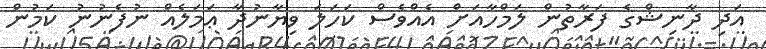
އަދި ދާނިޝްގެ ފަރާތުން ލަމްހާއަށް އެއްވެސް ކަހަލަ ވިޔާނުދާ ޢަމަލެއް ނުފެނުނު ކަމުން